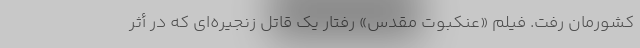
کشورمان رفت. فیلم «عنکبوت مقدس» رفتار یک قاتل زنجیره‌ای که در أثر